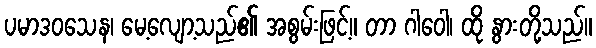
ပမာဒဝသေန၊ မေ့လျော့သည်၏ အစွမ်းဖြင့်။ တာ ဂါဝေါ၊ ထို နွားတို့သည်။